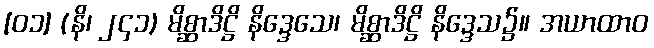
[၀၁] (နိ၊ ၂၄၁) မိစ္ဆာဒိဋ္ဌိ နိဒ္ဒေသေ၊ မိစ္ဆာဒိဋ္ဌိ နိဒ္ဒေသ၌။ အယာထာဝ